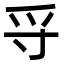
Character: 寽